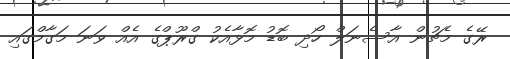
ރޭގެ މެޗުން އާސެނަލް ހޯދި ބޮޑު މޮޅާއެކު ގްރޫޕްގެ އެއް ވަނަ މަގާމްގައި